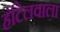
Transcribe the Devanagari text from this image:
हॉटेलवाला